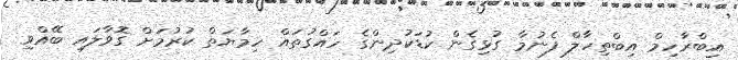
އިބްރާހިމް އިބްތިހާލް ފެނުމާ ގުޅިގެން ކުޑަކުދިންގެ ހައްގުތައް ހިމާޔަތް ކުރުމަށް ގޮވާލައި ބޭއްވި